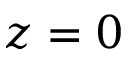
z = 0